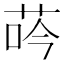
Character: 荶